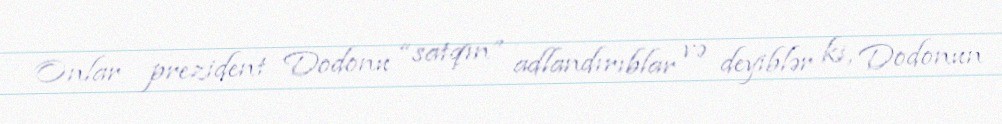
Onlar prezident Dodonu “satqın” adlandırıblar və deyiblər ki, Dodonun